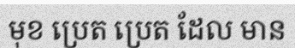
មុខ ប្រេត ប្រេត ដែល មាន